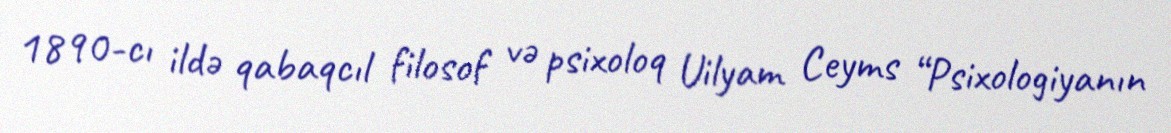
1890-cı ildə qabaqcıl filosof və psixoloq Uilyam Ceyms “Psixologiyanın